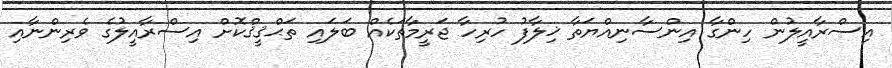
އިސްރާއީލުން ހިންގާ އިންސާނިއްޔަތާ ޚިލާފު ހުރިހާ ޖަރީމާތަކެއް ބަލައި ތަޙްޤީޤްކޮށް އިސްރާއީލުގެ ވެރިންނާއި